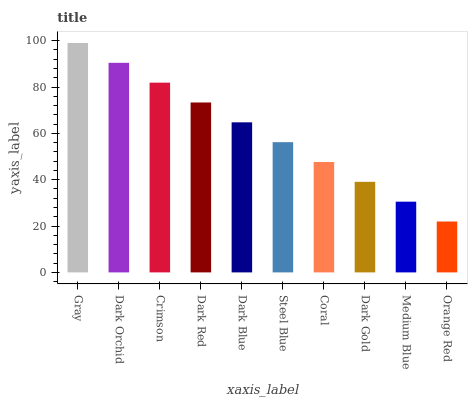
| xaxis_label | bars |
 | --- | --- |
 | Gray | 99 |
 | Dark Orchid | 90.4 |
 | Crimson | 81.9 |
 | Dark Red | 73.3 |
 | Dark Blue | 64.8 |
 | Steel Blue | 56.2 |
 | Coral | 47.6 |
 | Dark Gold | 39.1 |
 | Medium Blue | 30.5 |
 | Orange Red | 22 |